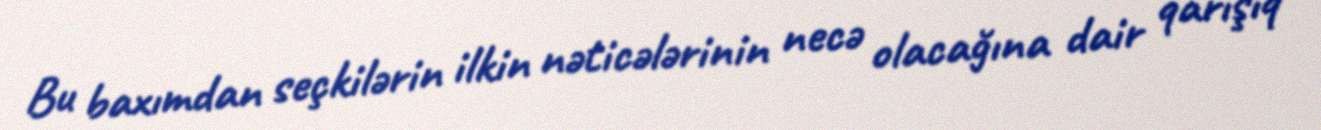
Bu baxımdan seçkilərin ilkin nəticələrinin necə olacağına dair qarışıq